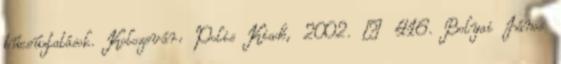
búcsúztatások. Kolozsvár: Polis Kiadó, 2002. – 416. Bolyai János